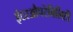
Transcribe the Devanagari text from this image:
इंटरऔपरेबिलिटी